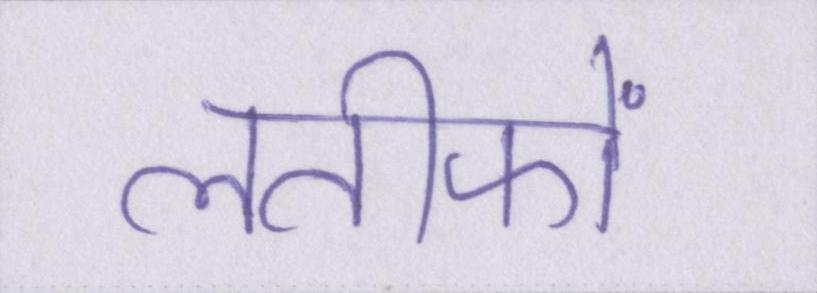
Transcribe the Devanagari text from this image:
लतीफों